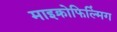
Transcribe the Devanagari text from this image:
माइक्रोफिल्मिंग